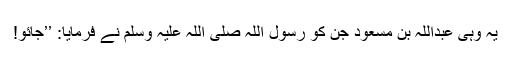
یہ وہی عبداللہ بن مسعود جن کو رسول اللہ صلی اللہ علیہ وسلم نے فرمایا: ’’جائو!